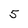
Character: 5